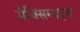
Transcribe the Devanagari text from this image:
मैक्सिमाइज